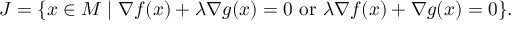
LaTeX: J = \{ x \in M \mid \nabla { f ( x ) } + \lambda \nabla { g ( x ) } = 0 { \mathrm { ~ o r ~ } } \lambda \nabla { f ( x ) } + \nabla { g ( x ) } = 0 \} .